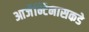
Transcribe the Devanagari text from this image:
आर्जेन्टिनासकडे